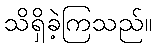
သိရှိခဲ့ကြသည်။